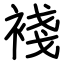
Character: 䙁